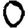
Digit: 0